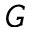
G